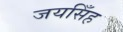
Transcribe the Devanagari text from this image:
जयसिँह